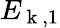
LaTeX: E_{\mathrm{~k~},1}